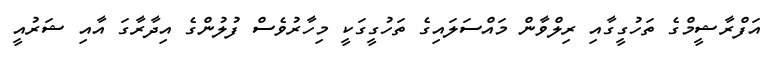
އަފްރާޝީމްގެ ތަހުގީގާއި ރިލްވާން މައްސަލައިގެ ތަހުގީގަކީ މިހާރުވެސް ފުލުންގެ އިދާރާގަ އާއި ޝަރުއީ